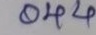
044